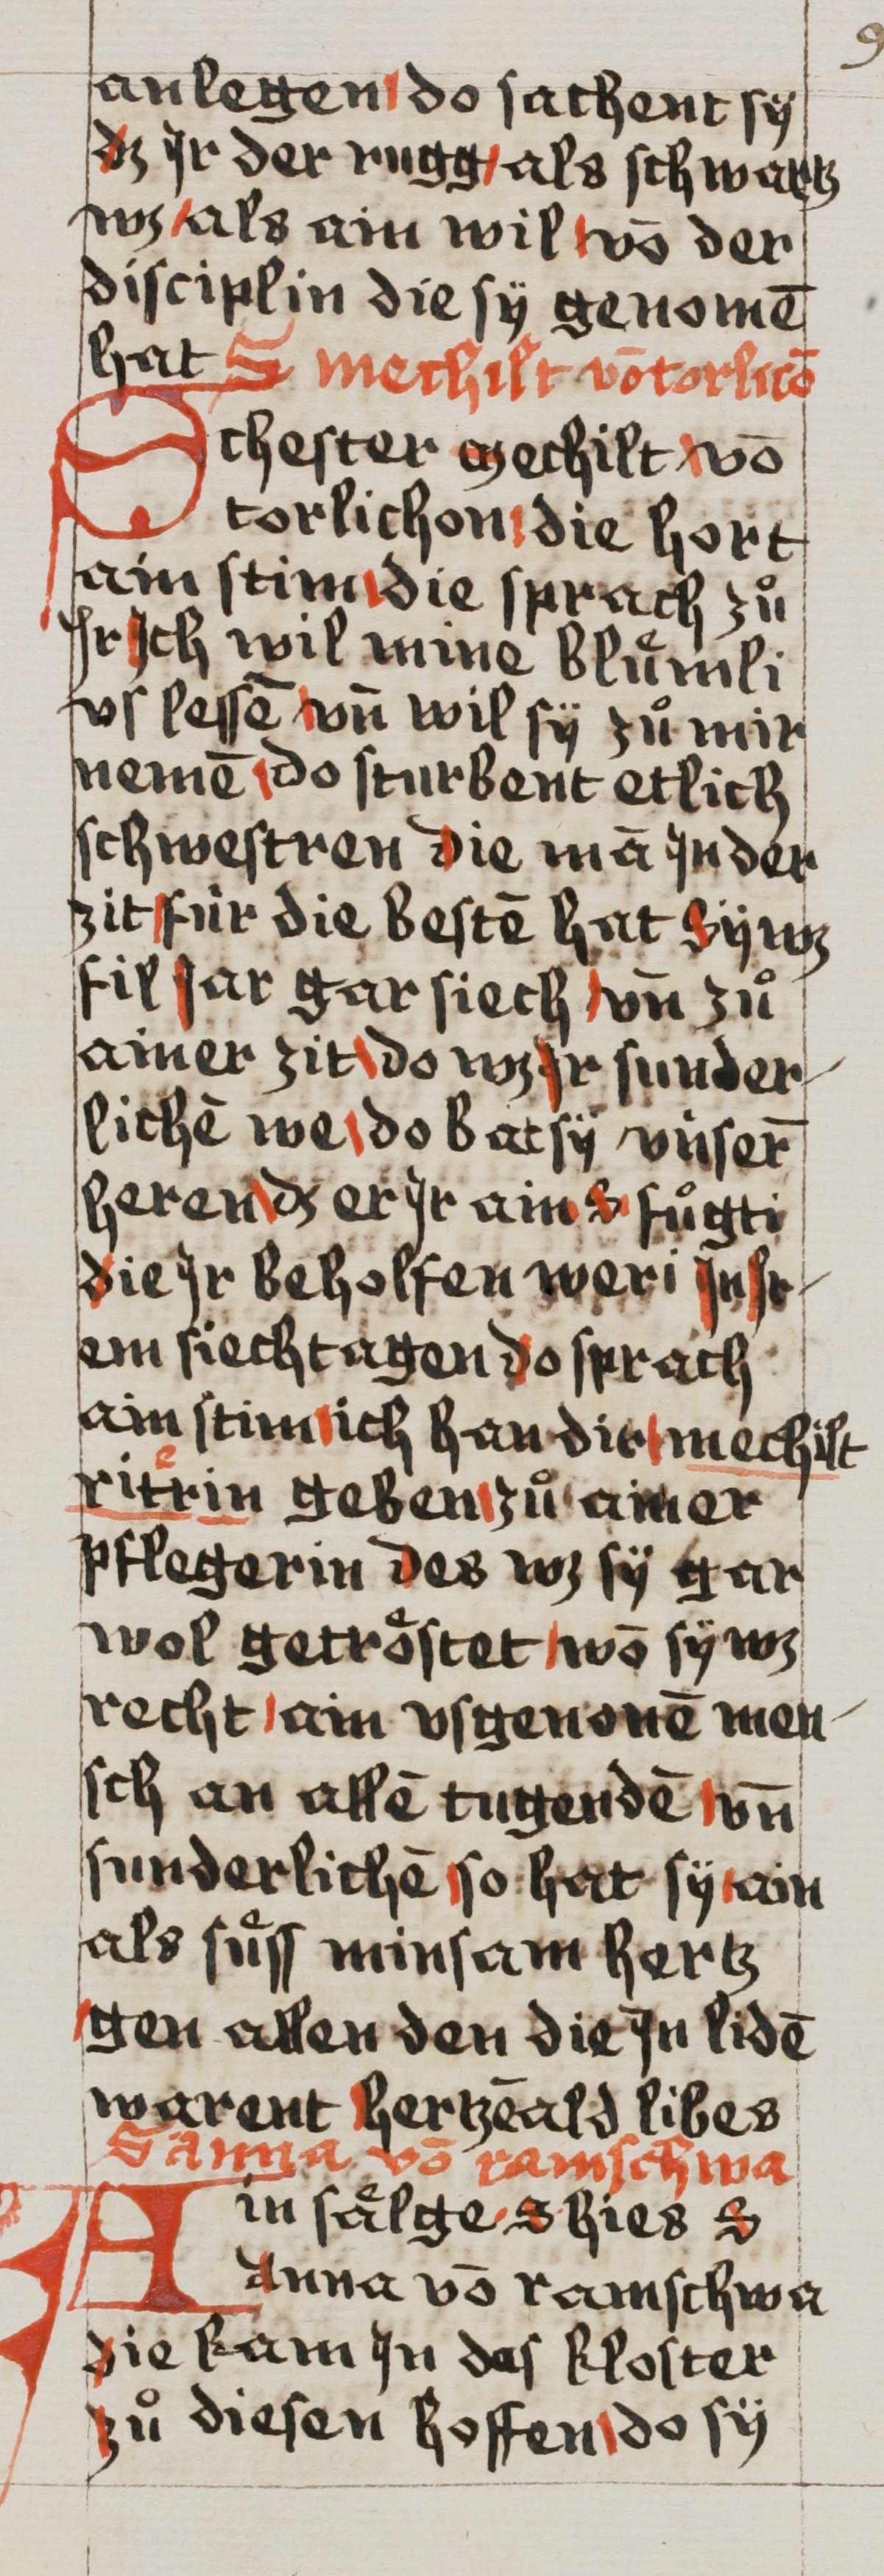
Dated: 1493–1493